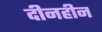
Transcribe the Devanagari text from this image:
दीनहीन